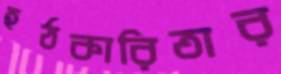
হঠকারিতার